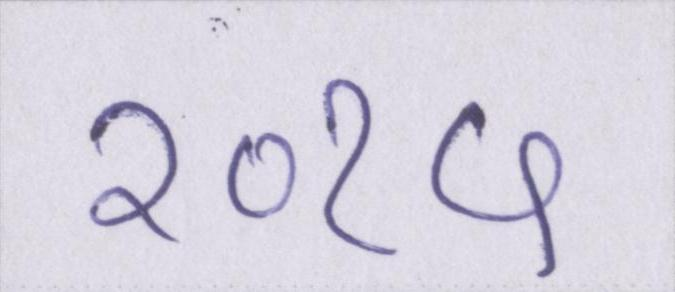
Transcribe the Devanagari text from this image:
२०१५